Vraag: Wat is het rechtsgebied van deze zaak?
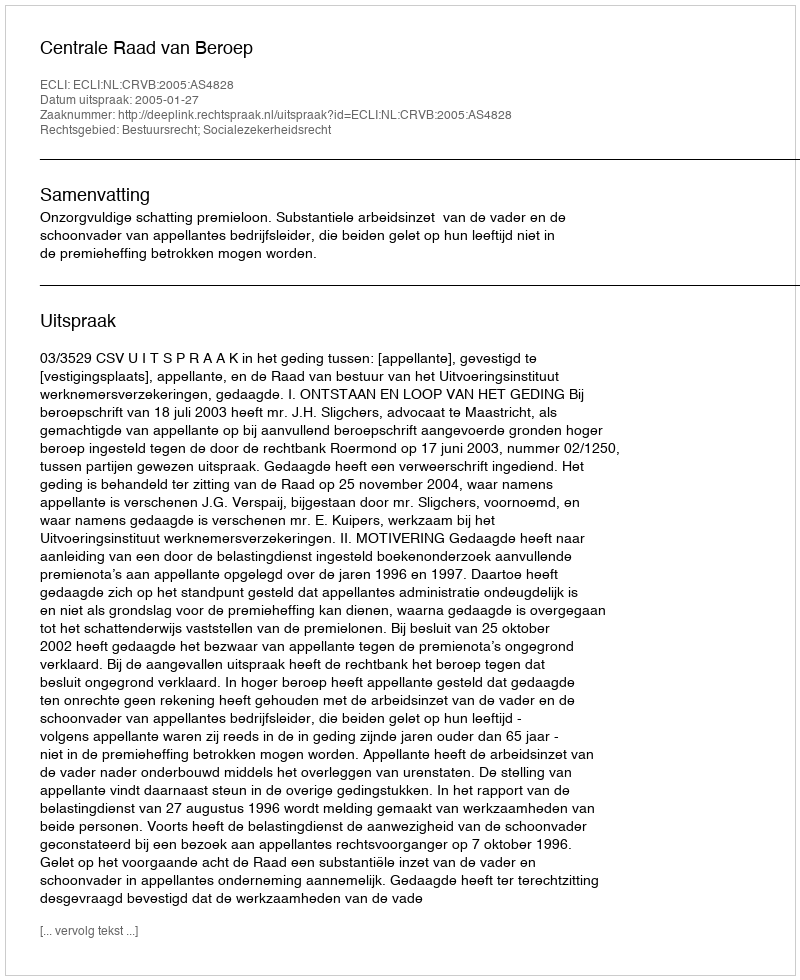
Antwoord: Bestuursrecht; Socialezekerheidsrecht